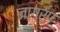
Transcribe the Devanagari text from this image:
नागरूप